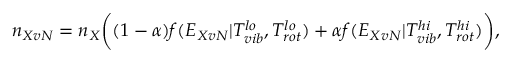
\begin{array} { r } { n _ { X v N } = n _ { X } \biggl ( ( 1 - \alpha ) f ( E _ { X v N } | T _ { v i b } ^ { l o } , T _ { r o t } ^ { l o } ) + \alpha f ( E _ { X v N } | T _ { v i b } ^ { h i } , T _ { r o t } ^ { h i } ) \biggr ) , } \end{array}